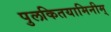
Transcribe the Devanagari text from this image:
पुलकितयामिनीम्